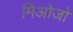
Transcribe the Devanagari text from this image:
मिओजो